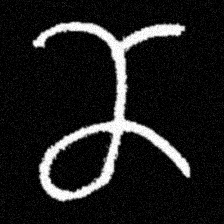
Pyu character \u2014 Myanmar letter: ဏ (romanized: nna)